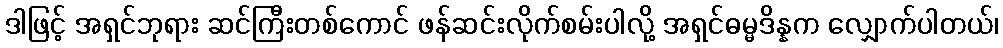
ဒါဖြင့် အရှင်ဘုရား ဆင်ကြီးတစ်ကောင် ဖန်ဆင်းလိုက်စမ်းပါလို့ အရှင်ဓမ္မဒိန္နက လျှောက်ပါတယ်၊